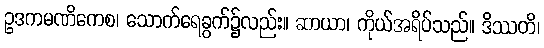
ဥဒကမဏိကေစ၊ သောက်ရေခွက်၌လည်း။ ဆာယာ၊ ကိုယ်အရိပ်သည်။ ဒိဿတိ၊